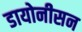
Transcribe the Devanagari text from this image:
डायोनीसन